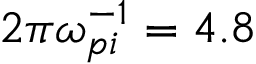
2 \pi \omega _ { p i } ^ { - 1 } = 4 . 8